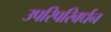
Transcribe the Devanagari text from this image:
उपरिपरिवर्धन